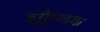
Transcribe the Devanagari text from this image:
इंग्लैाण्डक